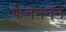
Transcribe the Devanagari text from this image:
फेनमनने